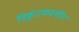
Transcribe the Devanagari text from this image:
त्रिकुंटकवंशीय